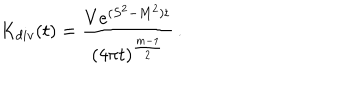
LaTeX: K _ { d i v } ( t ) = \frac { V e ^ { ( S ^ { 2 } - M ^ { 2 } ) t } } { ( 4 \pi t ) ^ { \frac { m - 1 } 2 } } \, .